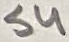
Text: S4